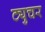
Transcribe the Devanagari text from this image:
ट्युचर